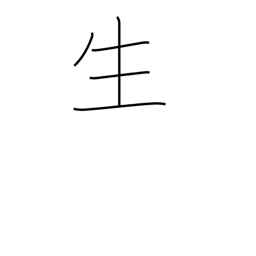
Meaning: life